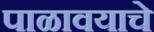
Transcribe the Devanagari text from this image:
पाळावयाचे